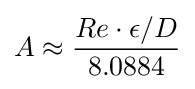
{\textstyle A\approx \displaystyle {\frac {Re\cdot \epsilon /D}{8.0884}}}